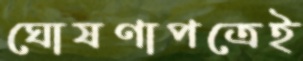
ঘোষণাপত্রেই